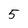
Character: 5